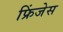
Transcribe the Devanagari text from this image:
फ्रिंजेस